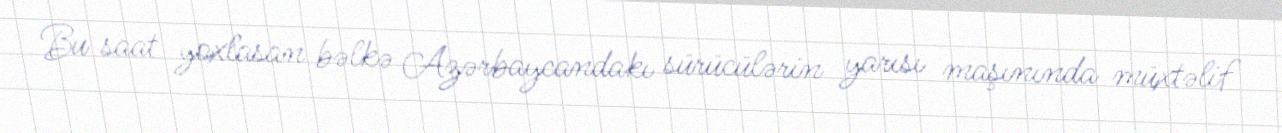
Bu saat yoxlasan bəlkə Azərbaycandakı sürücülərin yarısı maşınında müxtəlif